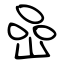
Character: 喦